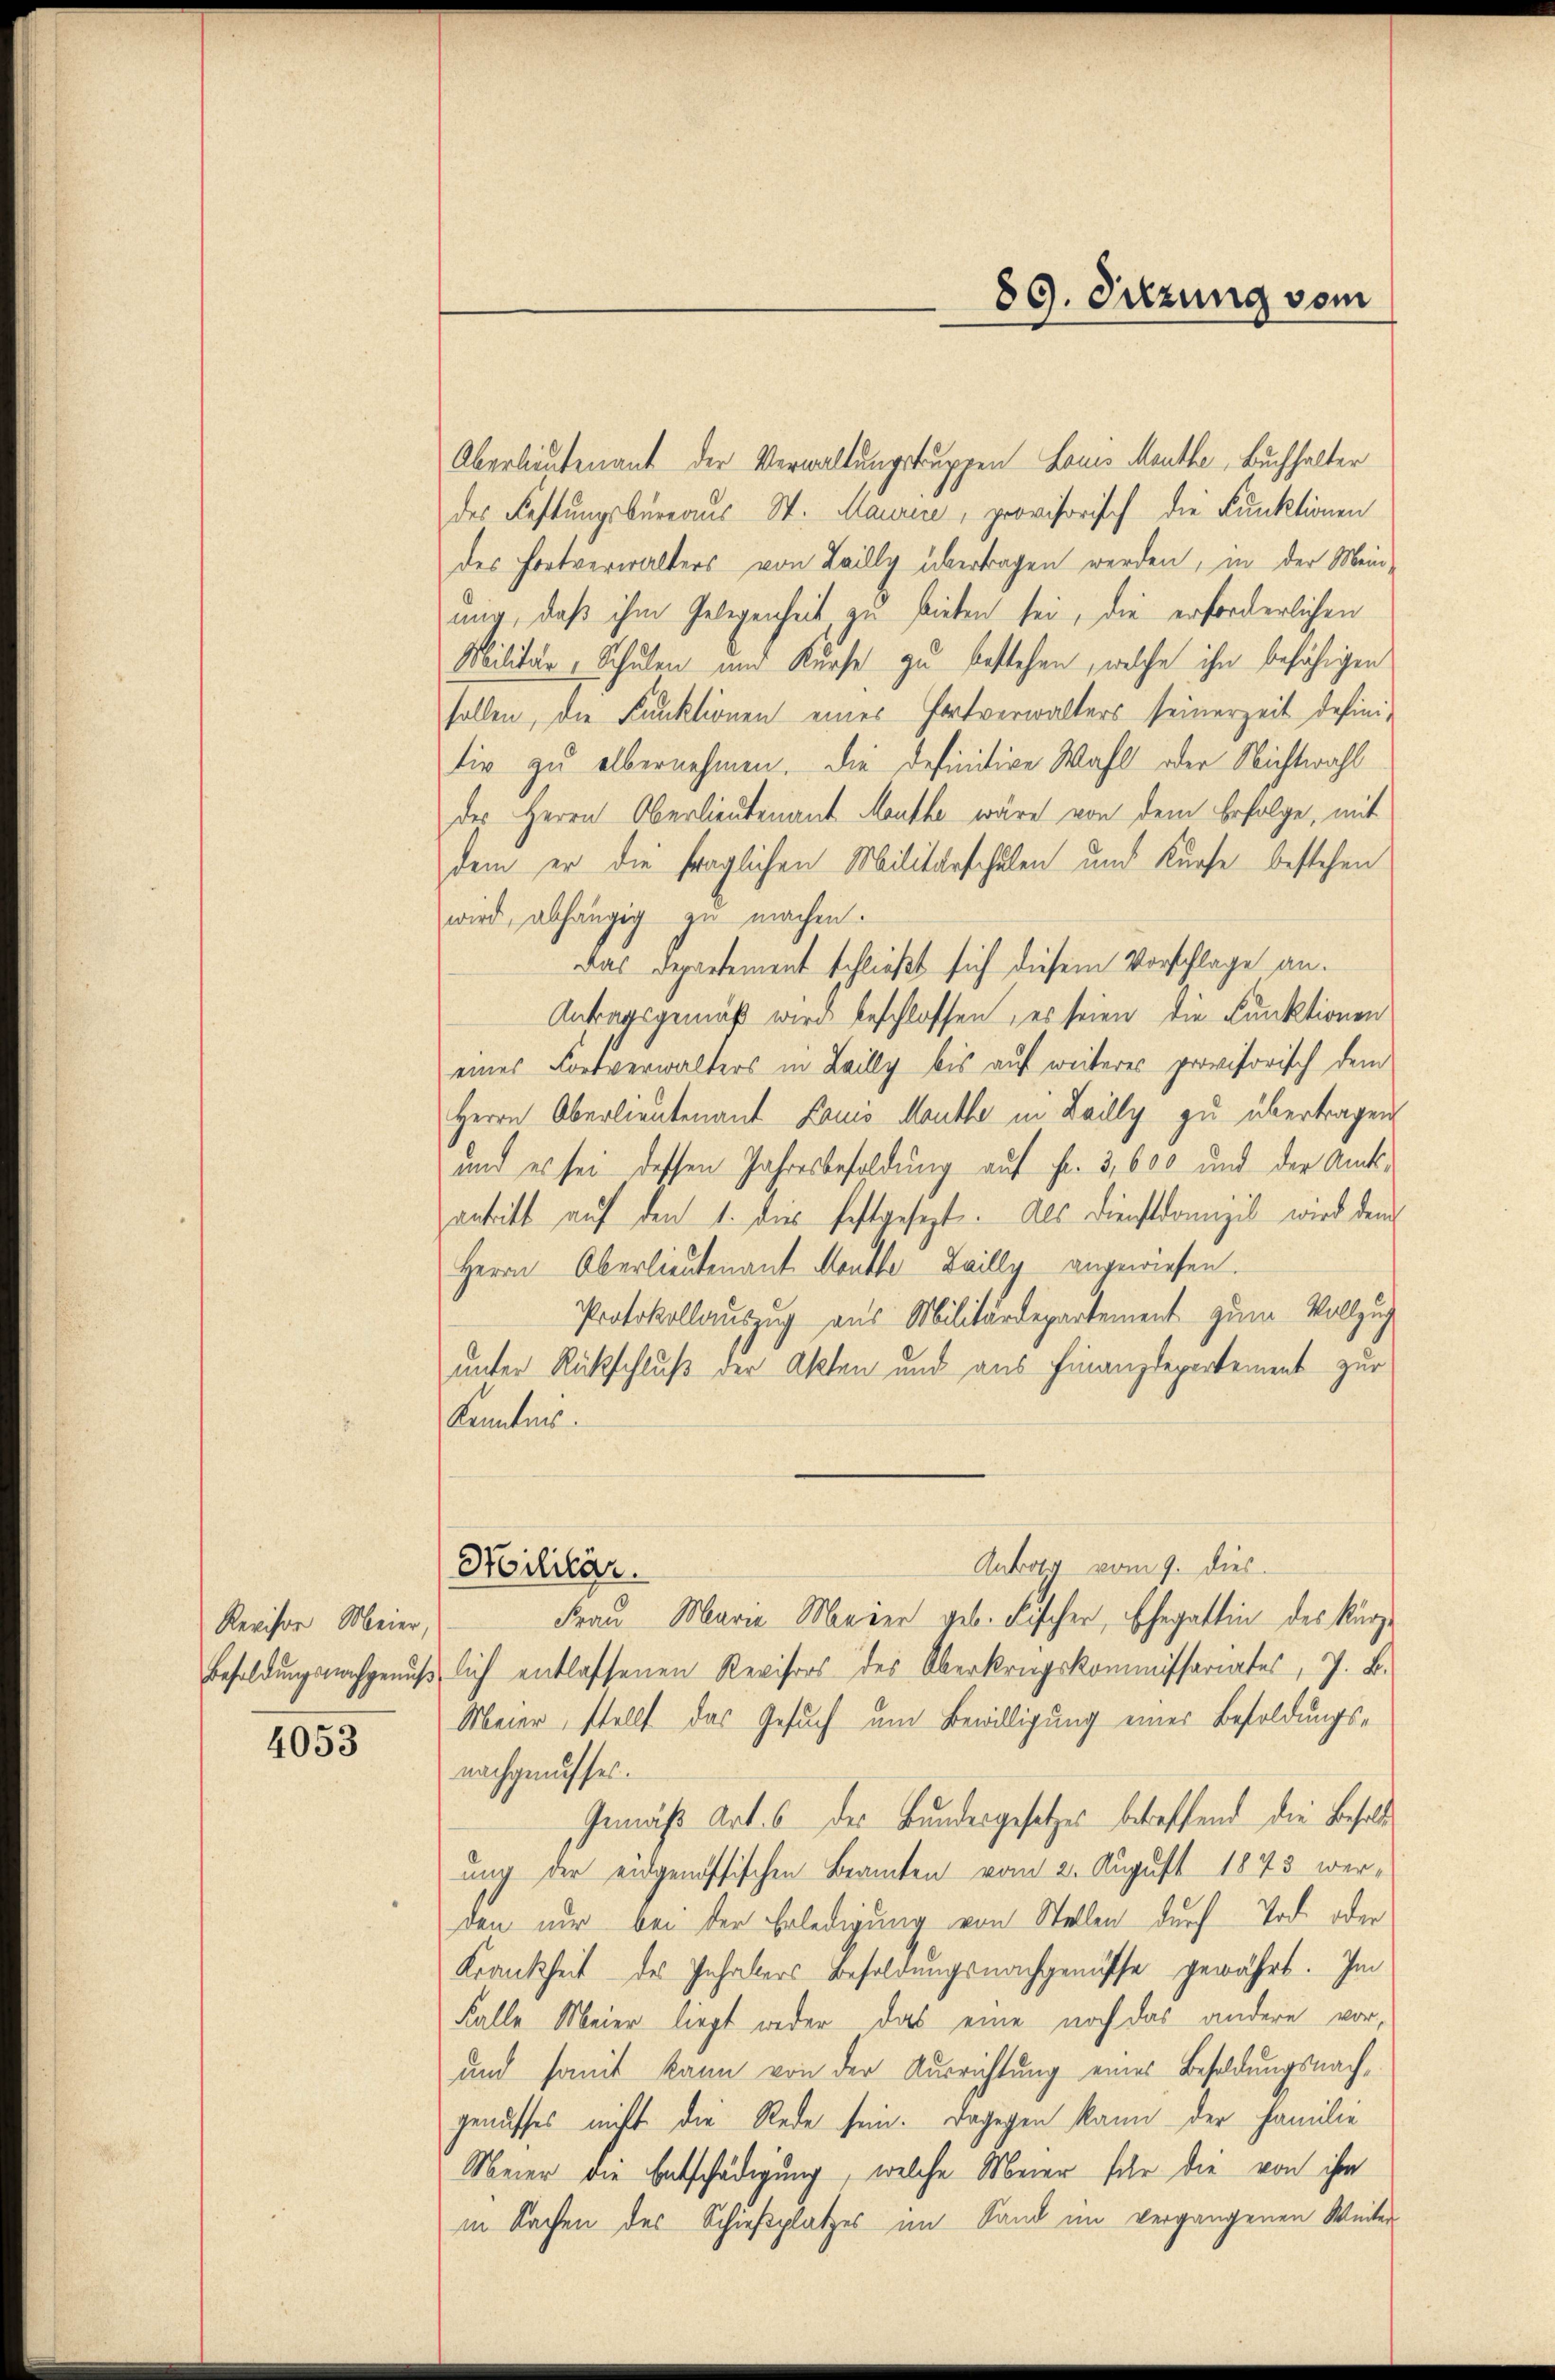
Revisor Meier,

4053

Oberlieutenant der Verwaltungskuppen Louis Meuthe, Buchhalter
des Festungsbureaus St. Maurere, provisorisch die Funktionen
des Fortverwalters von Leilly übertragen werden, in der Mein-
ung, daß ihm Gelegenheit, zu bieten sei, die erforderlichen
Militär-Schulen und Kurse zu bestehen, welche ihn befähigen
sollen, die Funktionen eines Fortverwalters seinerzeit defini-
tiv zu übernehmen. Die definitive Wahl oder Nichtwahl
des Herrn Oberlieutenant Mauthe wäre von dem Erfolge, mit
dem er die fraglichen Militärschulen und Kurse bestehen
wird, abhängig zu machen.
Das Departement schließt sich diesem Vorschlage an.
Antragsgemäß wird beschlossen, es seien die Funktionen
eines Fortverwalters in Leilly bis auf weiteres provisorisch dem
Herrn Oberlieutenant Lauis Mauthe in Lailly zu übertragen,
und es sei dessen Jahresbesoldung auf Fr. 3,600 und der Amtsantritt auf den 1. dies festgesezt. Als Dienstdomizil wird dem
Herrn Oberlieutenant Monthe Zailly angewiesen.
Protokollauszug aus Militärdepartement zum Vollzug
unter Rückschluß der Akten und aus Finanzdepartement zur
Kenntnis.
Antrag vom 9. dies
Militär.
Frau Marie Meier geb. Fischer, Ehegattin des kürz¬
Besoldungsnachgenußlich entlassenen Revisors des Oberkrugskommissariates, z. B.
Meier, stellt das Gesuch um Bewilligung einer Besoldungsnachgenusses.
Gemäß Art. 6 des Bundesgesetzes betreffend die Besolde
ung der eidgenössischen Beamten vom 2. August 1843 werden nur bei der Erledigung von Stellen durch Tod. oder
Krankheit des Inhabers Besoldungsnachgenusse gewährt. Im
Falle Meier liegt weder das eine noch das andere vor¬
und somit kann von der Ausrichtung eines Besoldungsnachgenusses nicht die Rede sein. Dagegen kann der Familie
Meier die Entschädigung, welche Meier sehr die von ihm
in Sachen des Schießplatzes im Sand im vergangenen Winter-

89. Sitzung vom